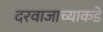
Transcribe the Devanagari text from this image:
दरवाजाच्याकडे